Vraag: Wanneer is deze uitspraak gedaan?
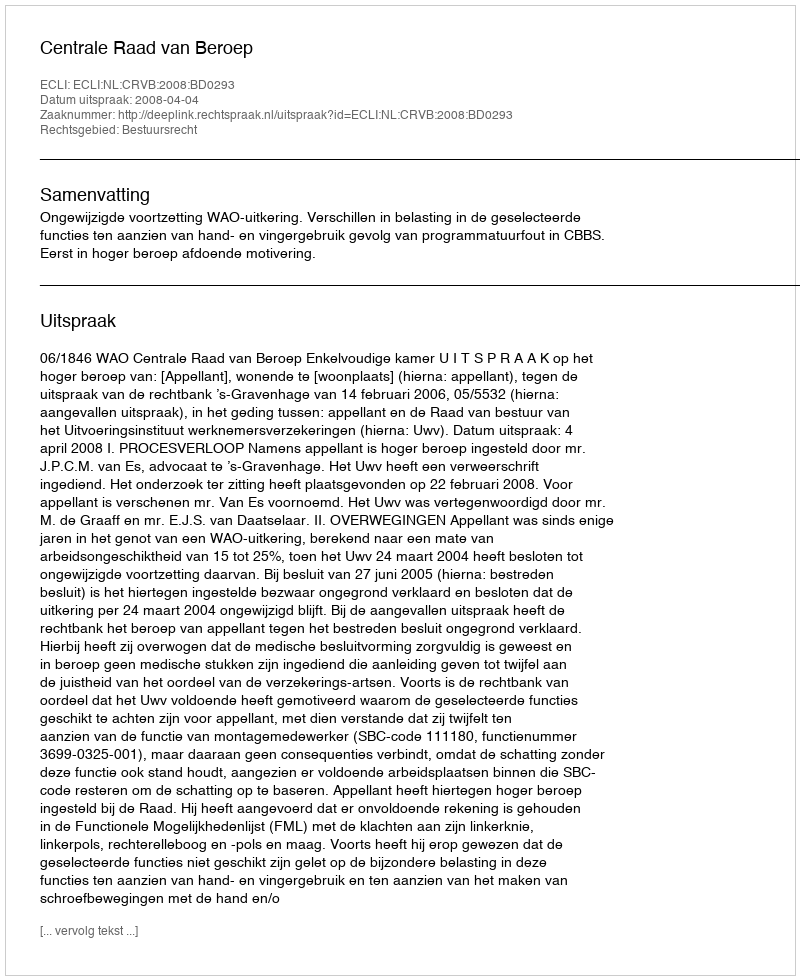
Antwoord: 2008-04-04